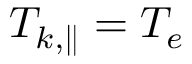
T _ { k , \parallel } = T _ { e }